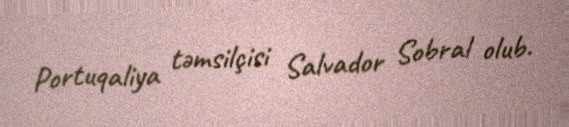
Portuqaliya təmsilçisi Salvador Sobral olub.